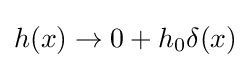
h(x)\rightarrow 0+h_{0}\delta (x)